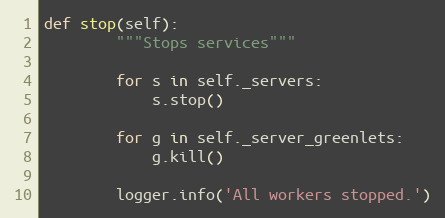
Language: Python
def stop(self):
        """Stops services"""

        for s in self._servers:
            s.stop()

        for g in self._server_greenlets:
            g.kill()

        logger.info('All workers stopped.')